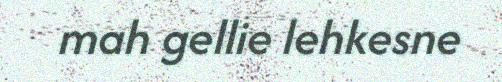
mah gellie lehkesne